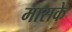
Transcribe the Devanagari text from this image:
मासके